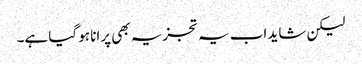
لیکن شاید اب یہ تجزیہ بھی پرانا ہو گیا ہے۔